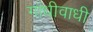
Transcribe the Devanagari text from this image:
गांधीवाधी